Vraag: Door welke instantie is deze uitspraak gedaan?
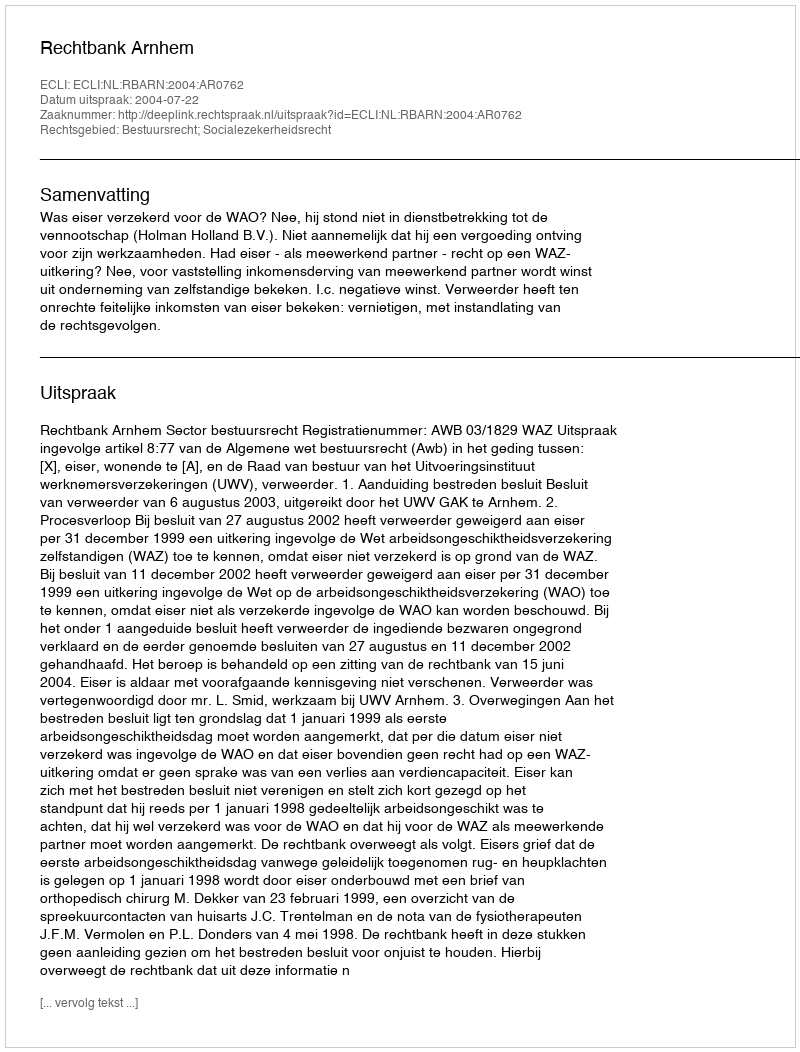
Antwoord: Rechtbank Arnhem